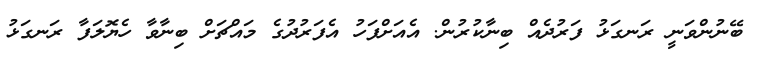
ބޭނުންވަނީ ރަނގަޅު ފަރުދެއް ބިނާކުރުން. އެއަށްފަހު އެފަރުދުގެ މައްޗަށް ބިނާވާ ހެޔޮލަފާ ރަނގަޅު